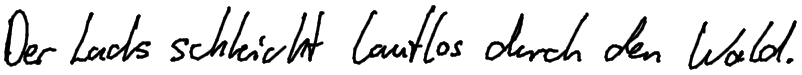
Der Luchs schleicht lautlos durch den Wald.